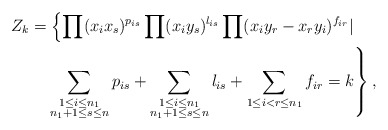
\begin{align*} Z_k&=\left\{\prod\limits(x_ix_s)^{p_{is}}\prod\limits(x_{i}y_{s})^{l_{is}}\prod\limits({x_{i} y_{r}}-x_{r}y_{i})^{f_{ir}}|\right.\\ &\quad\left.\sum\limits_{\substack{1\leq i\leq n_1 \\n_1+1\leq s\leq n}}p_{is}+\sum\limits_{\substack{1\leq i\leq n_1 \\n_1+1\leq s\leq n}}l_{is}+ \sum\limits_{\substack{1\leq i<r\leq n_1 }}f_{ir}=k \right\}, \end{align*}